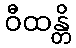
ဝီထန္တိ